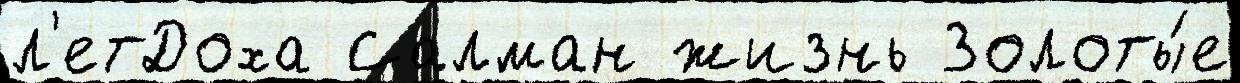
л'етДоха Салман жизнь Золоты́е